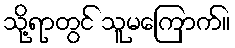
သို့ရာတွင် သူမကြောက်။